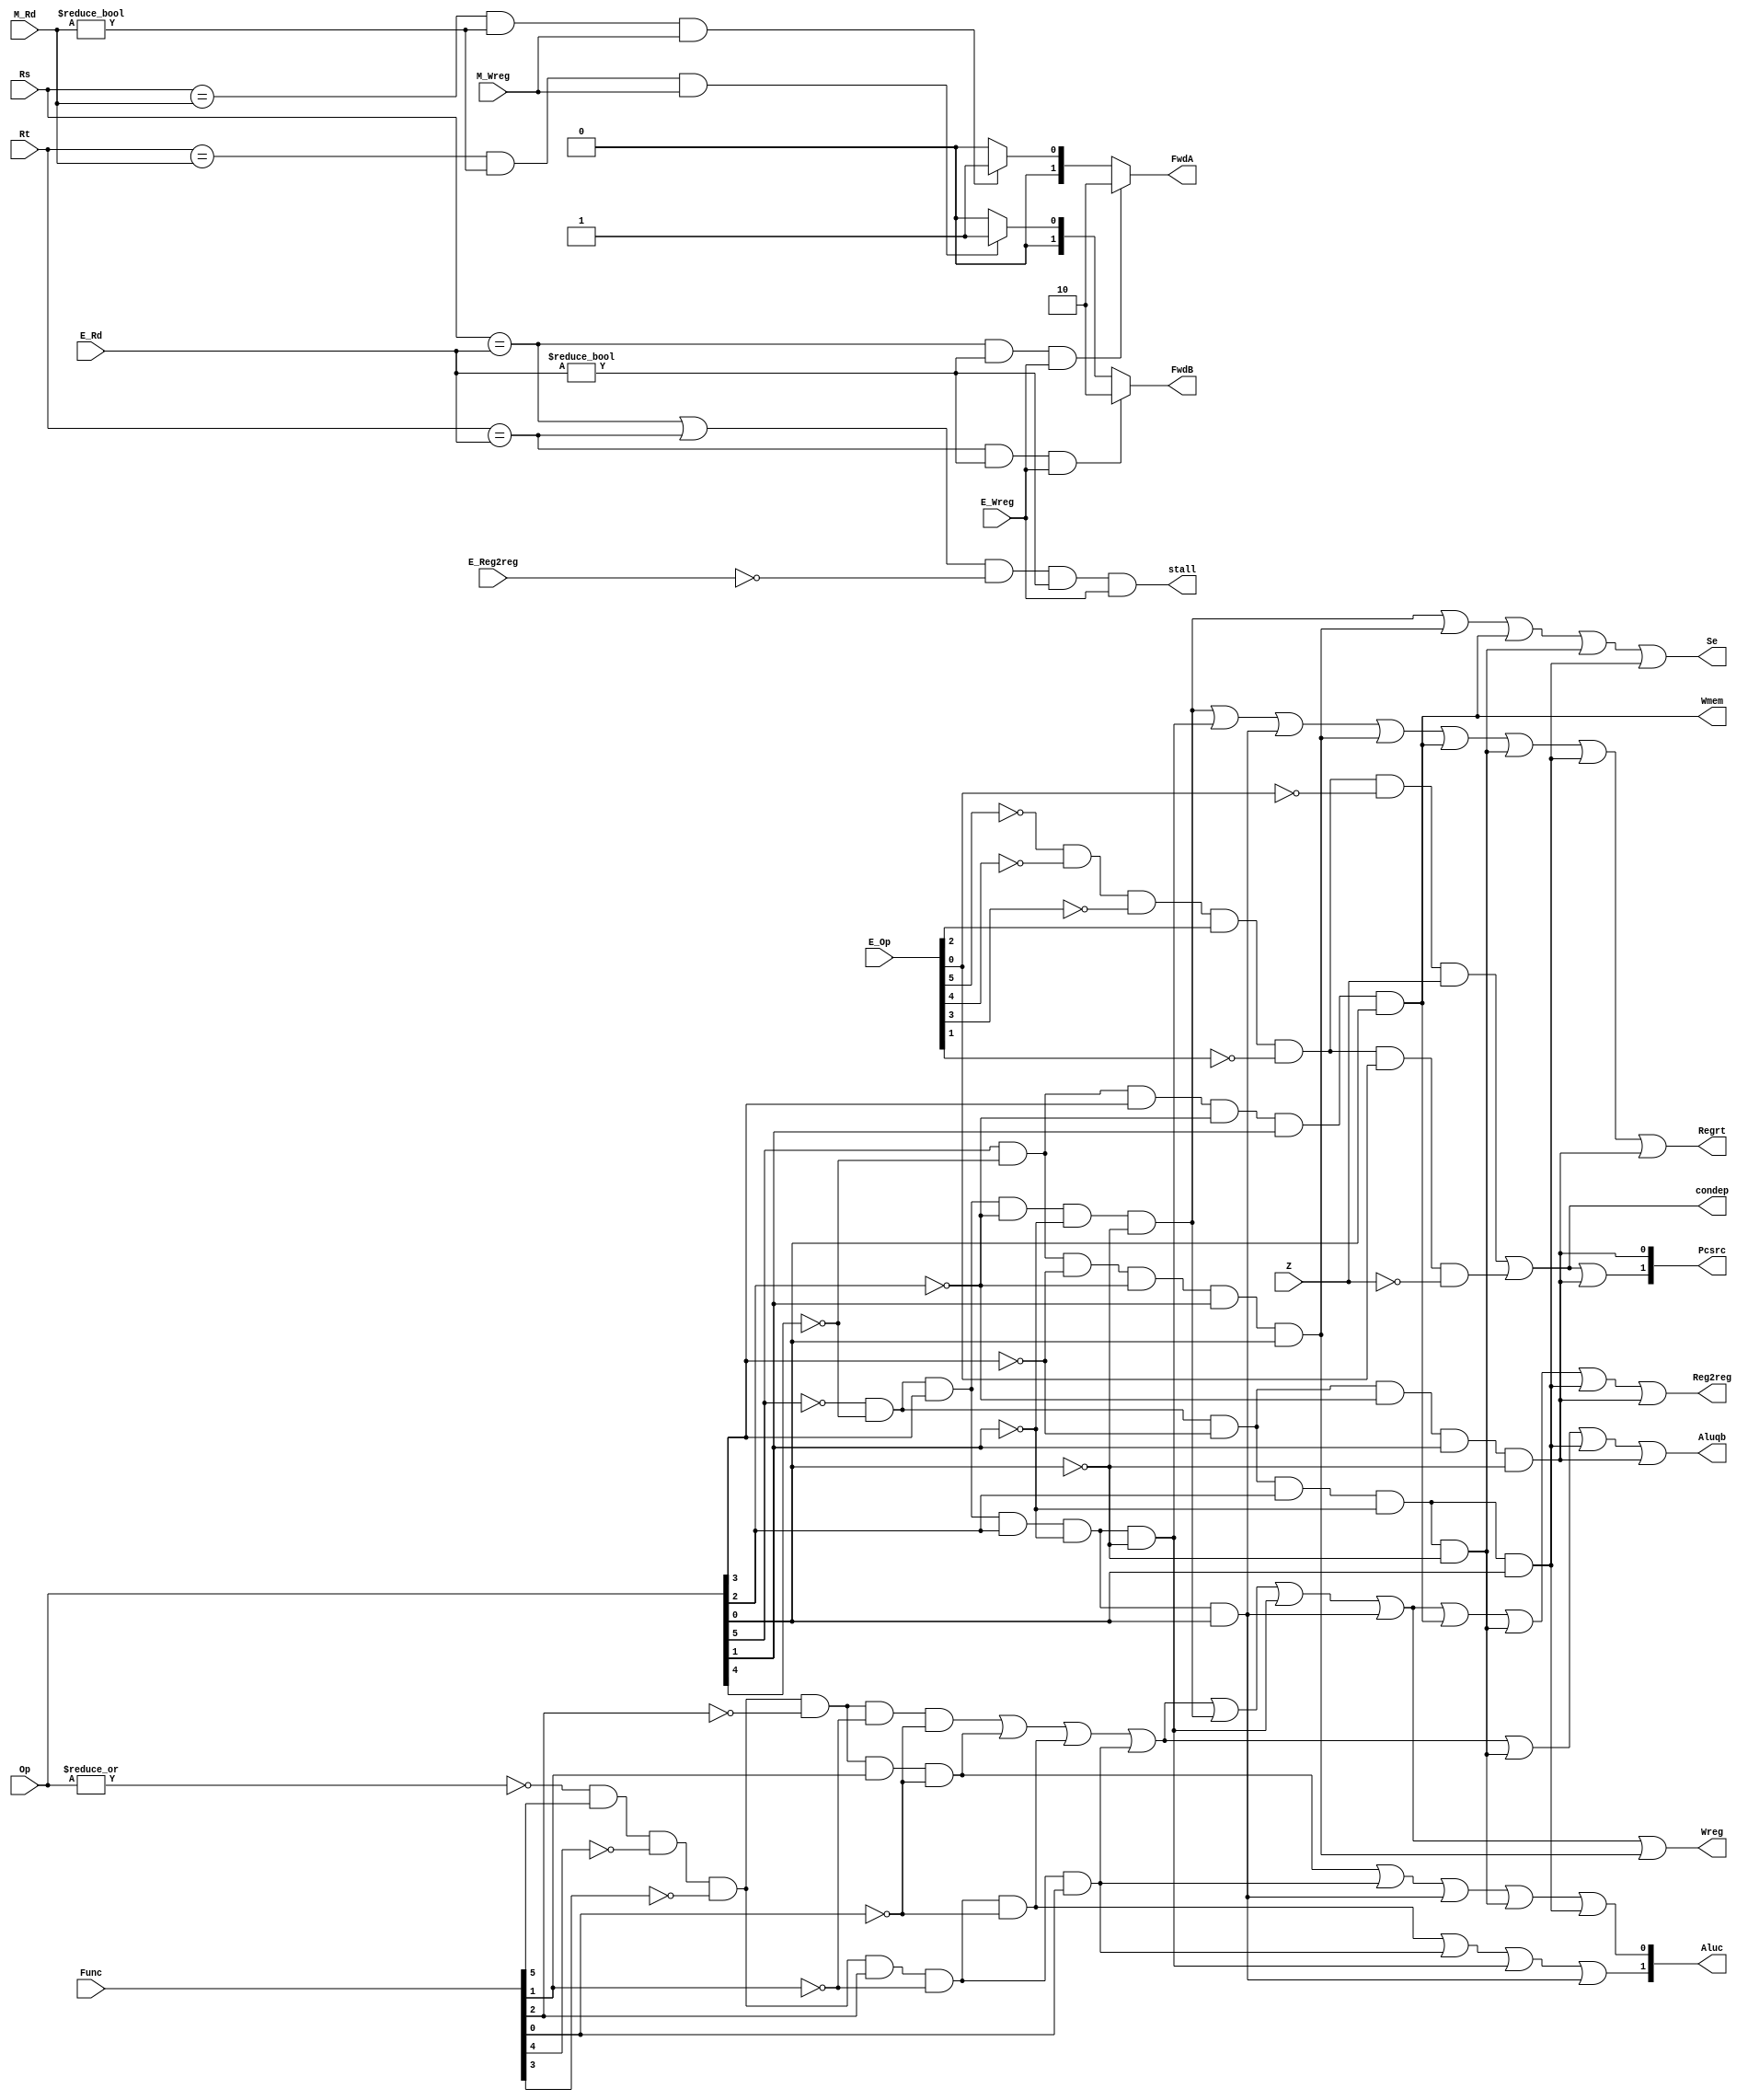
`timescale 1ns / 1ps
//////////////////////////////////////////////////////////////////////////////////
// Company: 
// Engineer: 
// 
// Design Name: 
// Module Name: CONUNIT
// Project Name: 
// Target Devices: 
// Tool Versions: 
// Description: 
// 
// Dependencies: 
// 
// Revision:
// Revision 0.01 - File Created
// Additional Comments:
// 
//////////////////////////////////////////////////////////////////////////////////


module CONUNIT(E_Op,Op,Func,Z,Regrt,Se,Wreg,Aluqb,Aluc,Wmem,Pcsrc,Reg2reg,Rs,Rt,E_Rd,M_Rd,E_Wreg,M_Wreg,FwdA,FwdB,E_Reg2reg,stall,condep);
input [5:0]Op,Func,E_Op;
input Z;
input E_Wreg,M_Wreg,E_Reg2reg;
input [4:0]E_Rd,M_Rd,Rs,Rt;
output Regrt,Se,Wreg,Aluqb,Wmem,Reg2reg,stall,condep;
output [1:0]Pcsrc,Aluc;
output reg [1:0]FwdA,FwdB;
wire R_type=~|Op;
wire I_add=R_type&Func[5]&~Func[4]&~Func[3]&~Func[2]&~Func[1]&~Func[0];
wire I_sub=R_type&Func[5]&~Func[4]&~Func[3]&~Func[2]&Func[1]&~Func[0];
wire I_and=R_type&Func[5]&~Func[4]&~Func[3]&Func[2]&~Func[1]&~Func[0];
wire I_or=R_type&Func[5]&~Func[4]&~Func[3]&Func[2]&~Func[1]&Func[0];
wire I_addi=~Op[5]&~Op[4]&Op[3]&~Op[2]&~Op[1]&~Op[0];
wire I_andi=~Op[5]&~Op[4]&Op[3]&Op[2]&~Op[1]&~Op[0];
wire I_ori=~Op[5]&~Op[4]&Op[3]&Op[2]&~Op[1]&Op[0];
wire I_lw=Op[5]&~Op[4]&~Op[3]&~Op[2]&Op[1]&Op[0];
wire I_sw=Op[5]&~Op[4]&Op[3]&~Op[2]&Op[1]&Op[0];
wire I_beq=~Op[5]&~Op[4]&~Op[3]&Op[2]&~Op[1]&~Op[0];
wire I_bne=~Op[5]&~Op[4]&~Op[3]&Op[2]&~Op[1]&Op[0];
wire E_beq=~E_Op[5]&~E_Op[4]&~E_Op[3]&E_Op[2]&~E_Op[1]&~E_Op[0];
wire E_bne=~E_Op[5]&~E_Op[4]&~E_Op[3]&E_Op[2]&~E_Op[1]&E_Op[0];
wire I_J=~Op[5]&~Op[4]&~Op[3]&~Op[2]&Op[1]&~Op[0];
wire E_Inst = I_add|I_sub|I_and|I_or|I_sw|I_beq|I_bne;
assign Regrt = I_addi|I_andi|I_ori|I_lw|I_sw|I_beq|I_bne|I_J;
assign Se = I_addi|I_lw|I_sw|I_beq|I_bne;
assign Wreg = I_add|I_sub|I_and|I_or|I_addi|I_andi|I_ori|I_lw;
assign Aluqb = I_add|I_sub|I_and|I_or|I_beq|I_bne|I_J;
assign Aluc[1] = I_and|I_or|I_andi|I_ori;
assign Aluc[0] = I_sub|I_or|I_ori|I_beq|I_bne;
assign Wmem = I_sw;
assign Pcsrc[1] = (E_beq&Z)|(E_bne&~Z)|I_J;
assign Pcsrc[0] = I_J;
assign Reg2reg = I_add|I_sub|I_and|I_or|I_addi|I_andi|I_ori|I_sw|I_beq|I_bne|I_J;
always@(E_Rd,M_Rd,E_Wreg,M_Wreg,Rs,Rt)begin
   FwdA=2'b00;
   if((Rs==E_Rd)&(E_Rd!=0)&(E_Wreg==1))begin
       FwdA=2'b10;
   end else begin
       if((Rs==M_Rd)&(M_Rd!=0)&(M_Wreg==1))begin
           FwdA=2'b01;
       end
   end
end
always@(E_Rd,M_Rd,E_Wreg,M_Wreg,Rs,Rt)begin
   FwdB=2'b00;
   if((Rt==E_Rd)&(E_Rd!=0)&(E_Wreg==1))begin
              FwdB=2'b10;
   end else begin
       if((Rt==M_Rd)&(M_Rd!=0)&(M_Wreg==1))begin
           FwdB=2'b01;
       end
   end
end
assign stall=((Rs==E_Rd)|(Rt==E_Rd))&(E_Reg2reg==0)&(E_Rd!=0)&(E_Wreg==1);
assign condep=(E_beq&Z)|(E_bne&~Z);
endmodule